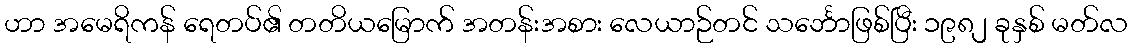
ဟာ အမေရိကန် ရေတပ်၏ တတိယမြောက် အတန်းအစား လေယာဉ်တင် သင်္ဘောဖြစ်ပြီး ၁၉၈၂ ခုနှစ် မတ်လ